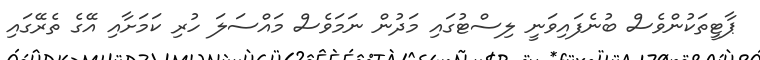
ޕާޓީތަކުންވެސް ބުނެފައިވަނީ ލިސްޓުގައި މަދުން ނަމަވެސް މައްސަލަ ހުރި ކަމަށާއި އޭގެ ތެރޭގައި